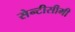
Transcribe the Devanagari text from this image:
सेन्टीसीमी